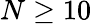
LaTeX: N\ge 10